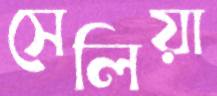
সেলিয়া